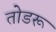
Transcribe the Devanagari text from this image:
तोडरू